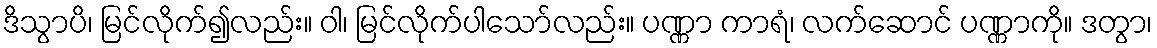
ဒိသွာပိ၊ မြင်လိုက်၍လည်း။ ဝါ၊ မြင်လိုက်ပါသော်လည်း။ ပဏ္ဏာ ကာရံ၊ လက်ဆောင် ပဏ္ဏာကို။ ဒတွာ၊